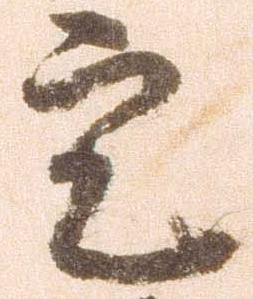
定